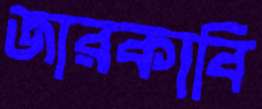
জারকাবি